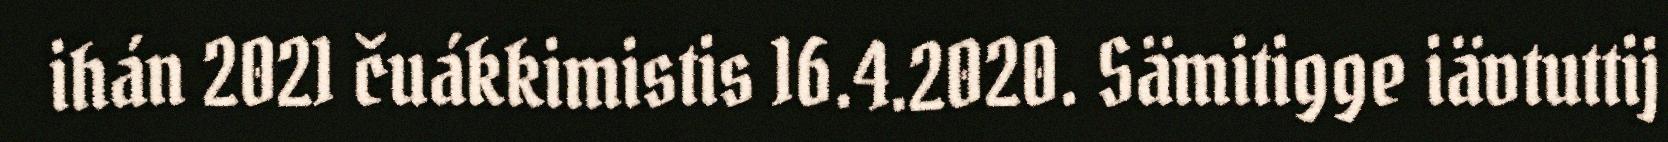
ihán 2021 čuákkimistis 16.4.2020. Sämitigge iävtuttij